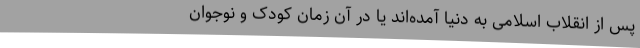
پس از انقلاب اسلامی به دنیا آمده‌اند یا در آن زمان کودک و نوجوان